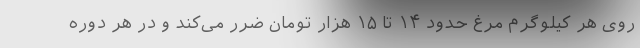
روی هر کیلوگرم مرغ حدود ۱۴ تا ۱۵ هزار تومان ضرر می‌کند و در هر دوره